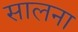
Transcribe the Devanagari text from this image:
सालना